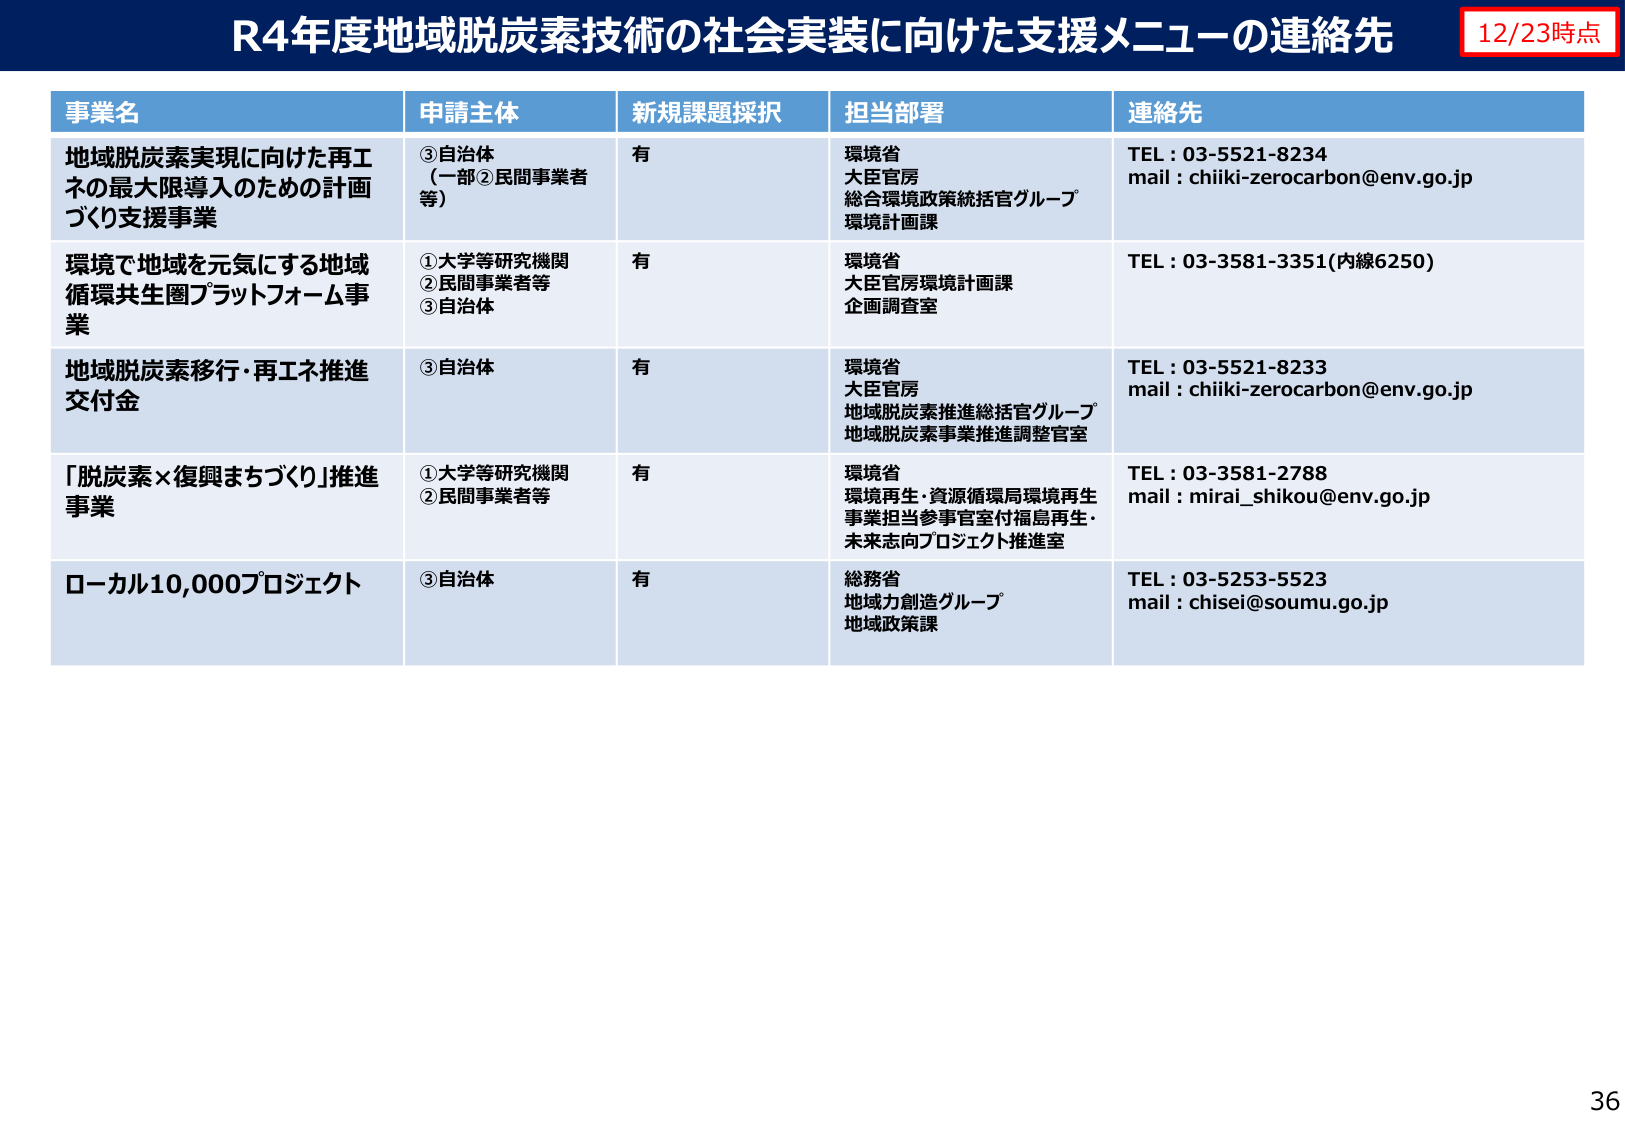
R4年度地域脱炭素技術の社会実装に向けた支援メニューの連絡先
12/23時点

事業名
申請主体
新規課題採択
担当部署
連絡先

地域脱炭素実現に向けた再エネの最大限導入のための計画づくり支援事業
③自治体（一部②民間事業者等）
有
環境省
大臣官房
総合環境政策統括官グループ
環境計画課
TEL：03-5521-8234
mail：chiiki-zerocarbon@env.go.jp

環境で地域を元気にする地域循環共生圏プラットフォーム事業
①大学等研究機関
②民間事業者等
③自治体
有
環境省
大臣官房環境計画課
企画調査室
TEL：03-3581-3351(内線6250)

地域脱炭素移行・再エネ推進交付金
③自治体
有
環境省
大臣官房
地域脱炭素推進総括官グループ
地域脱炭素事業推進調整官室
TEL：03-5521-8233
mail：chiiki-zerocarbon@env.go.jp

「脱炭素×復興まちづくり」推進事業
①大学等研究機関
②民間事業者等
有
環境省
環境再生・資源循環局環境再生事業担当参事官室付福島再生・未来志向プロジェクト推進室
TEL：03-3581-2788
mail：mirai_shikou@env.go.jp

ローカル10,000プロジェクト
③自治体
有
総務省
地域力創造グループ
地域政策課
TEL：03-5253-5523
mail：chisei@soumu.go.jp

36